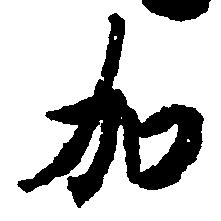
加